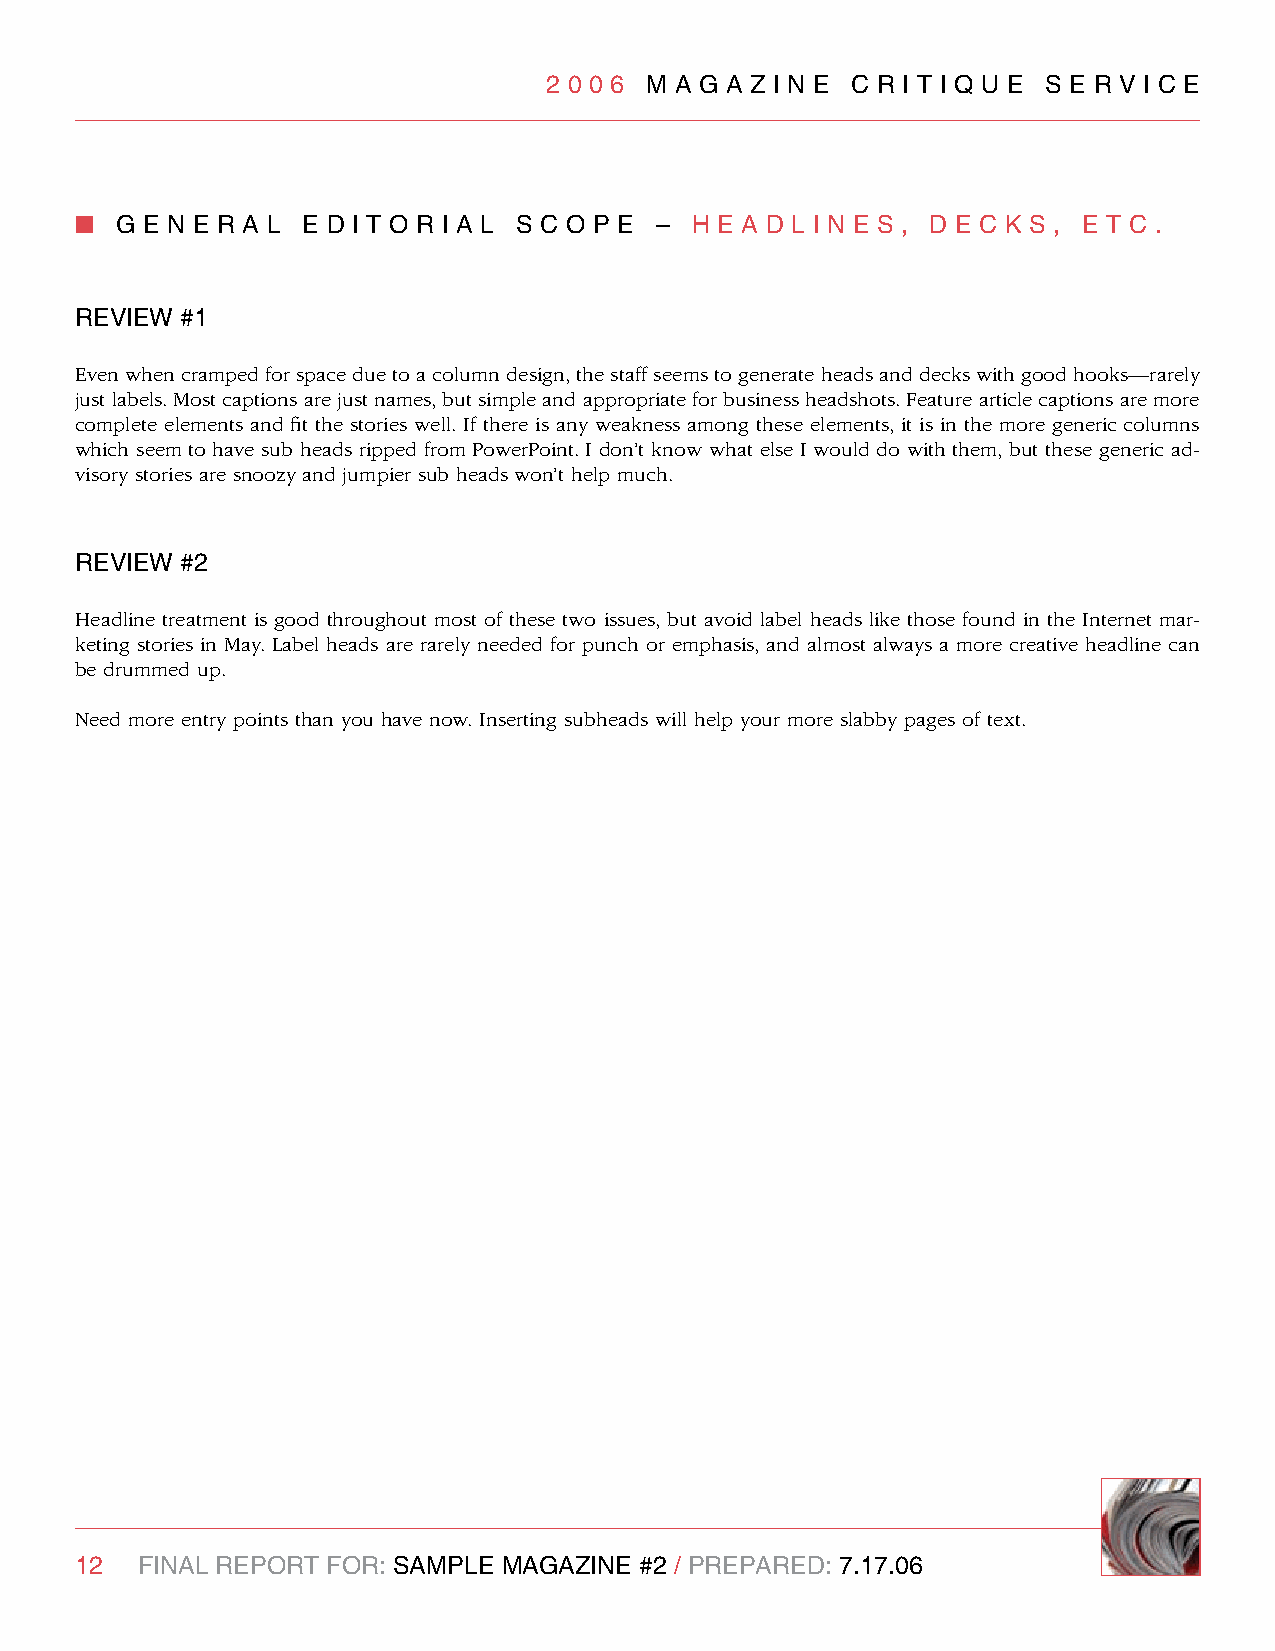
2 0 0 6 M A g A z I n e C R I T I q U e S e R v I C e
 n  g e n e R A l e d I T O R I A l S C O P e – H e A d l I n e S , d e C k S , e T C .
 RevIew #1
 Even when cramped for space due to a column design, the staff seems to generate heads and decks with good hooks—rarely
 just labels. Most captions are just names, but simple and appropriate for business headshots. Feature article captions are more
 complete elements and fit the stories well. If there is any weakness among these elements, it is in the more generic columns
 which seem to have sub heads ripped from PowerPoint. I don’t know what else I would do with them, but these generic ad-
 visory stories are snoozy and jumpier sub heads won’t help much.
 RevIew #2
 Headline treatment is good throughout most of these two issues, but avoid label heads like those found in the Internet mar-
 keting stories in May. Label heads are rarely needed for punch or emphasis, and almost always a more creative headline can
 be drummed up.
 Need more entry points than you have now. Inserting subheads will help your more slabby pages of text.
 12  FInAl RePORT FOR: SAMPle MAgAzIne #2 / PRePARed: 7.17.06